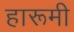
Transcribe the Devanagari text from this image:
हारूमी